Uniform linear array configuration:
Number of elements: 16
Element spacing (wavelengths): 0.5
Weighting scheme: blackman
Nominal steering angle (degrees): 60
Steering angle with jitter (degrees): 60.277
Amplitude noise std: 0.05
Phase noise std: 0.05

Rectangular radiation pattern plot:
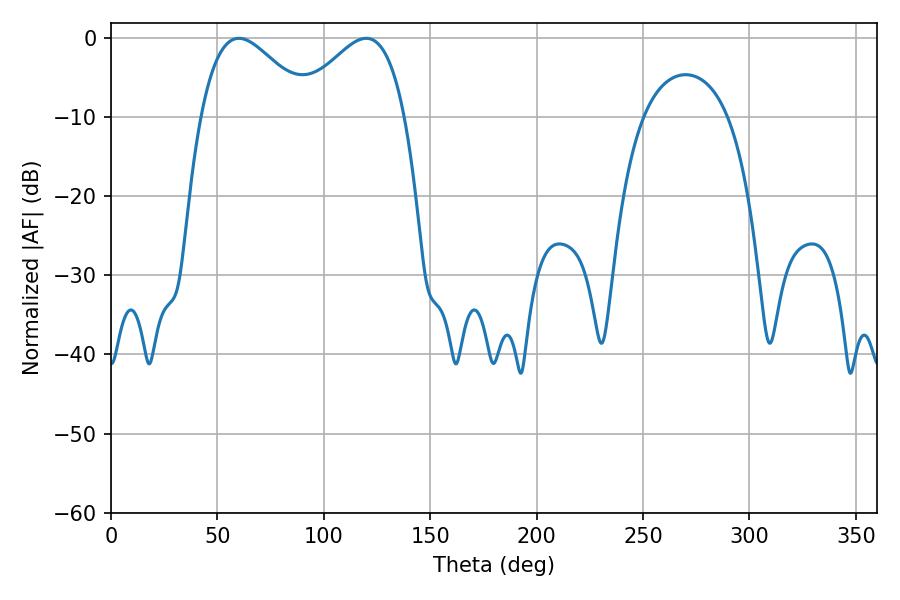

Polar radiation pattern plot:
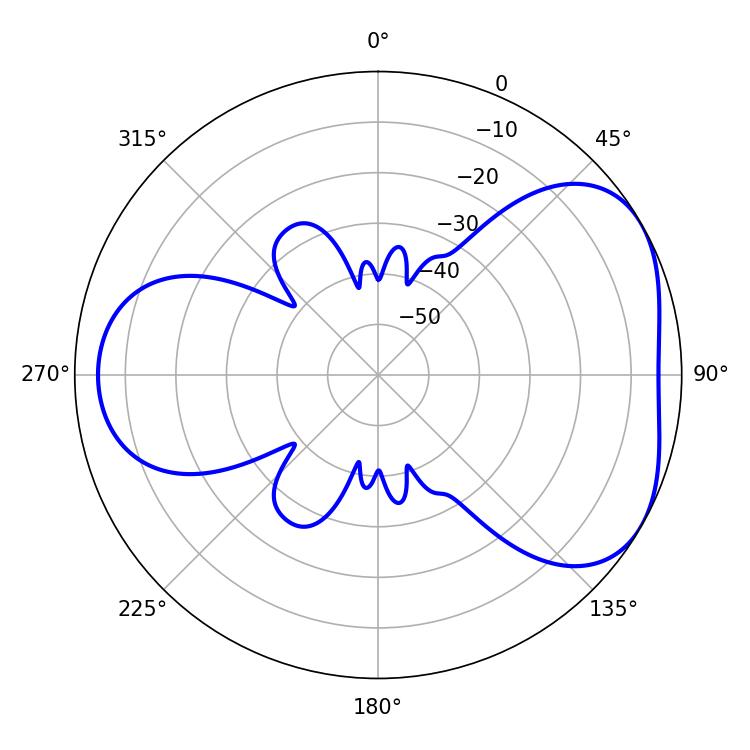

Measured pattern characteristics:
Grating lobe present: FALSE
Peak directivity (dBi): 4.397
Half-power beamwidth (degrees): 27.9
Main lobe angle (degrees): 60.12